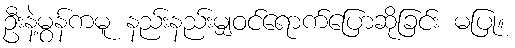
ဦးနဲ့မွန်ကမူ နည်းနည်းမျှဝင်ရောက်ပြောဆိုခြင်း မပြု။